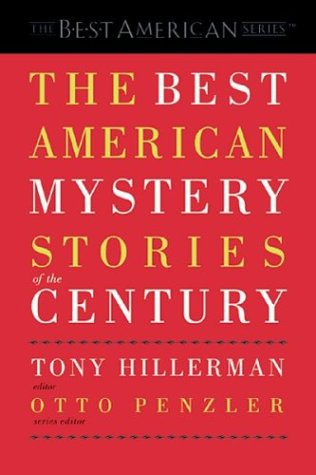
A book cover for The Best American Mystery Stories of the Century (The Best American Series); Mystery, Thriller & Suspense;